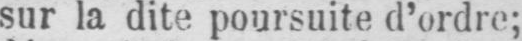
sur la dite poursuite d’ordre;